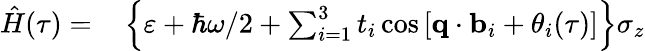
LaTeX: \begin{array}{rl}{\hat{H}(\tau)=}&{{}\left\{ \varepsilon+\hbar\omega/2+\sum_{i=1}^{3}t_{i}\cos\left[\textbf{q}\cdot\textbf{b}_{i}+\theta_{i}(\tau)\right]\right\} \sigma_{z}}\end{array}